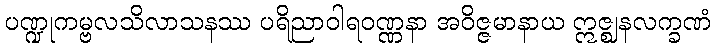
ပဏ္ဍုကမ္ဗလသိလာသနဿ ပရိညာဝါရဝဏ္ဏနာ အဝိဇ္ဇမာနာယ ဣဇ္ဈနလက္ခဏံ